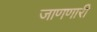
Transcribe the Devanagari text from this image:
जाणणारी